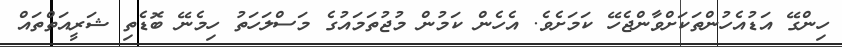
ހިންގޭ އަޑުއެހުންތަކަށްވާންޖެހޭ ކަމަށެވެ. އެހެން ކަމުން މުޖުތަމައުގެ މަސްލަހަތު ހިމެނޭ ބޮޑެތި ޝަރީއަތްތައް